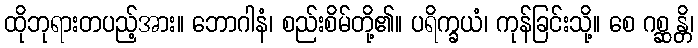
ထိုဘုရားတပည့်အား။ ဘောဂါနံ၊ စည်းစိမ်တို့၏။ ပရိက္ခယံ၊ ကုန်ခြင်းသို့။ စေ ဂစ္ဆန္တိ၊